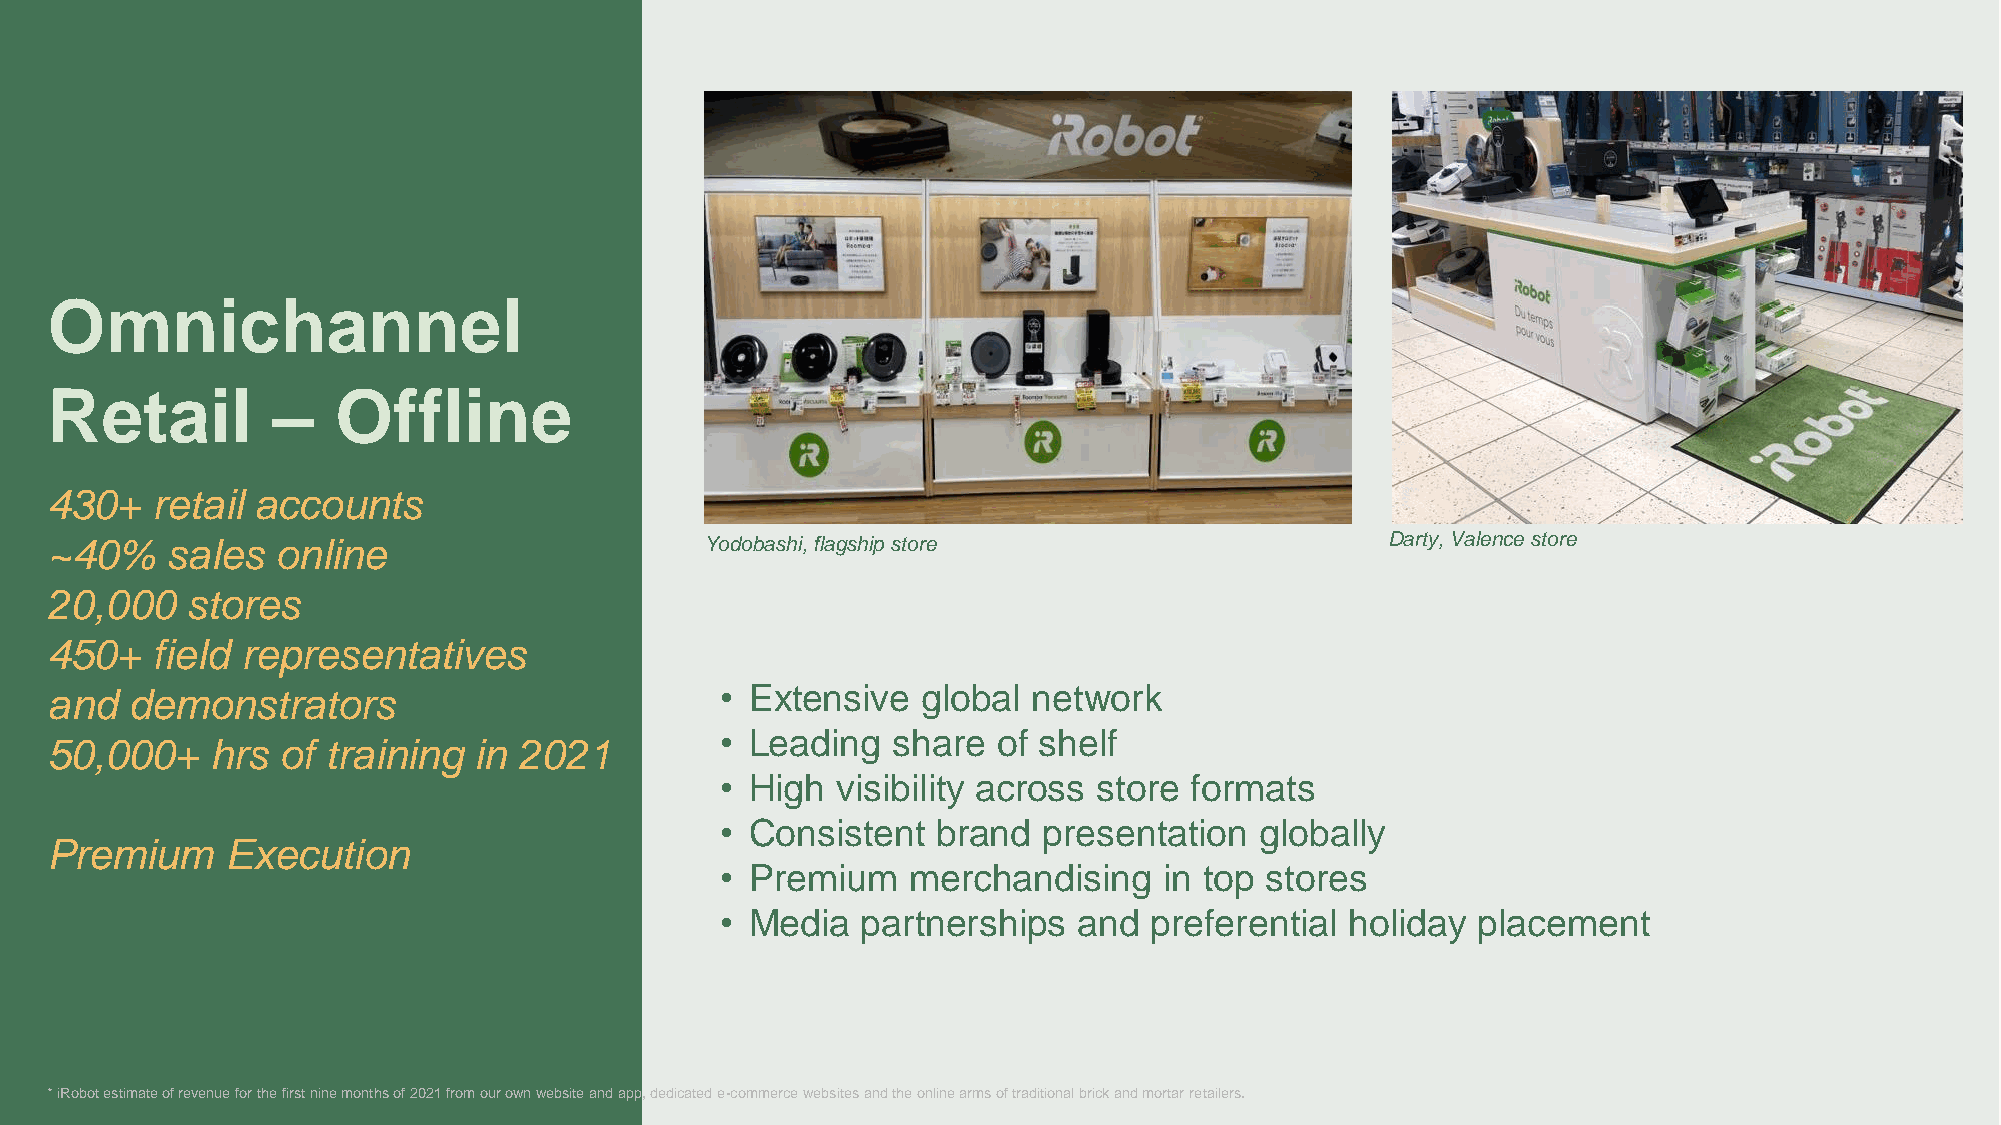
Omnichannel
 Retail         –   Offline
 430+   retail accounts
 ~40%    sales  online                       Yodobashi, flagship store                    Darty, Valence store
 20,000   stores
 450+   field representatives
 and  demonstrators                           • Extensive  global network
 • Leading  share  of shelf
 50,000+    hrs  of training in 2021
 • High visibility across store formats
 • Consistent  brand  presentation  globally
 Premium     Execution
 • Premium   merchandising    in top stores
 • Media  partnerships  and  preferential holiday  placement
 110
 * iRobot estimate of revenue for the first nine months of 2021 from our own website and app, dedicated e-commerce websites and the onlinearms of traditional brick and mortar retailers.